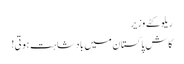
ریلو کٹے وزیر
کاش پاکستان میں بادشاہت ہوتی!